Indian journal of veterinary science and animal husbandry - Volumes 28-29, 1958-1959
Year: 1958
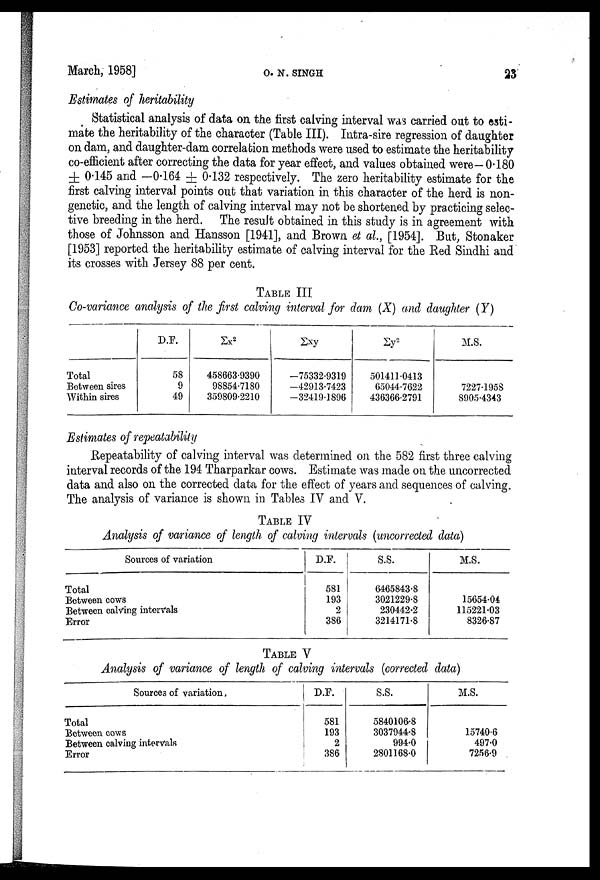
March, 1958]
O.
N. SINGH 23
Estimates of heritability
Statistical analysis of data on the first calving interval was carried out to esti
mate the heritability of the character (Table III). Intra-sire regression of daughter
on dam, and daughter-dam correlation methods were used to estimate the heritability
co-efficient after correcting the data for year effect, and values obtained were—0.180
± 0.145 and —0.164 ± 0.132 respectively. The zero heritability estimate for the
first calving interval points out that variation in this character of the herd is non-
genetic, and the length of calving interval may not be shortened by practicing selec
tive breeding in the herd. The result obtained in this study is in agreement with
those of Johnsson and Hansson [1941], and Brown et al., [1954]. But, Stonaker
[1953] reported the heritability estimate of calving interval for the Red Sindhi and
its crosses with Jersey 88 per cent.
TABLE III
Co-variance analysis of the first calving interval for dam (X) and daughter (Y)
Total
Between sires
Within sires
D.F.
58
9
49
Σx 2
458663.9390
98854.7180
359809.2210
Σxy
—75332.9319
—42913.7423
—32419.1896
Σy 2
501411.0413
65044.7622
436366.2791
M.S.
7227.1958
8905.4343
Estimates of repeatability
Repeatability of calving interval was determined on the 582 first three calving
interval records of the 194 Tharparkar cows. Estimate was made on the uncorrected
data and also on the corrected data for the effect of years and sequences of calving.
The analysis of variance is shown in Tables IV and V.
TABLE IV
Analysis of variance of length of calving intervals (uncorrected data)
Sources of variation
Total
Between cows
Between calving intervals
Error
D.F.
581
193
2
386
S.S.
6465843.8
3021229.8
230442.2
3214171.8
M.S.
15654.04
115221.03
8326.87
TABLE V
Analysis of variance of length of calving intervals (corrected data)
Sources of variation
Total
Between cows
Between calving intervals
Error
D.F.
581
193
2
386
S.S.
5840106.8
3037944.8
994.0
2801168.0
M.S.
15740.6
497.0
7256.9